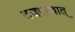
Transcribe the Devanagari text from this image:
तजपश्चात्